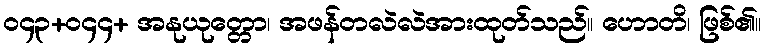
ဝ၄၃+ဝ၄၄+ အနုယုတ္တော၊ အဖန်တလဲလဲအားထုတ်သည်။ ဟောတိ၊ ဖြစ်၏။